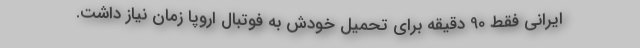
ایرانی فقط 90 دقیقه برای تحمیل خودش به فوتبال اروپا زمان نیاز داشت.